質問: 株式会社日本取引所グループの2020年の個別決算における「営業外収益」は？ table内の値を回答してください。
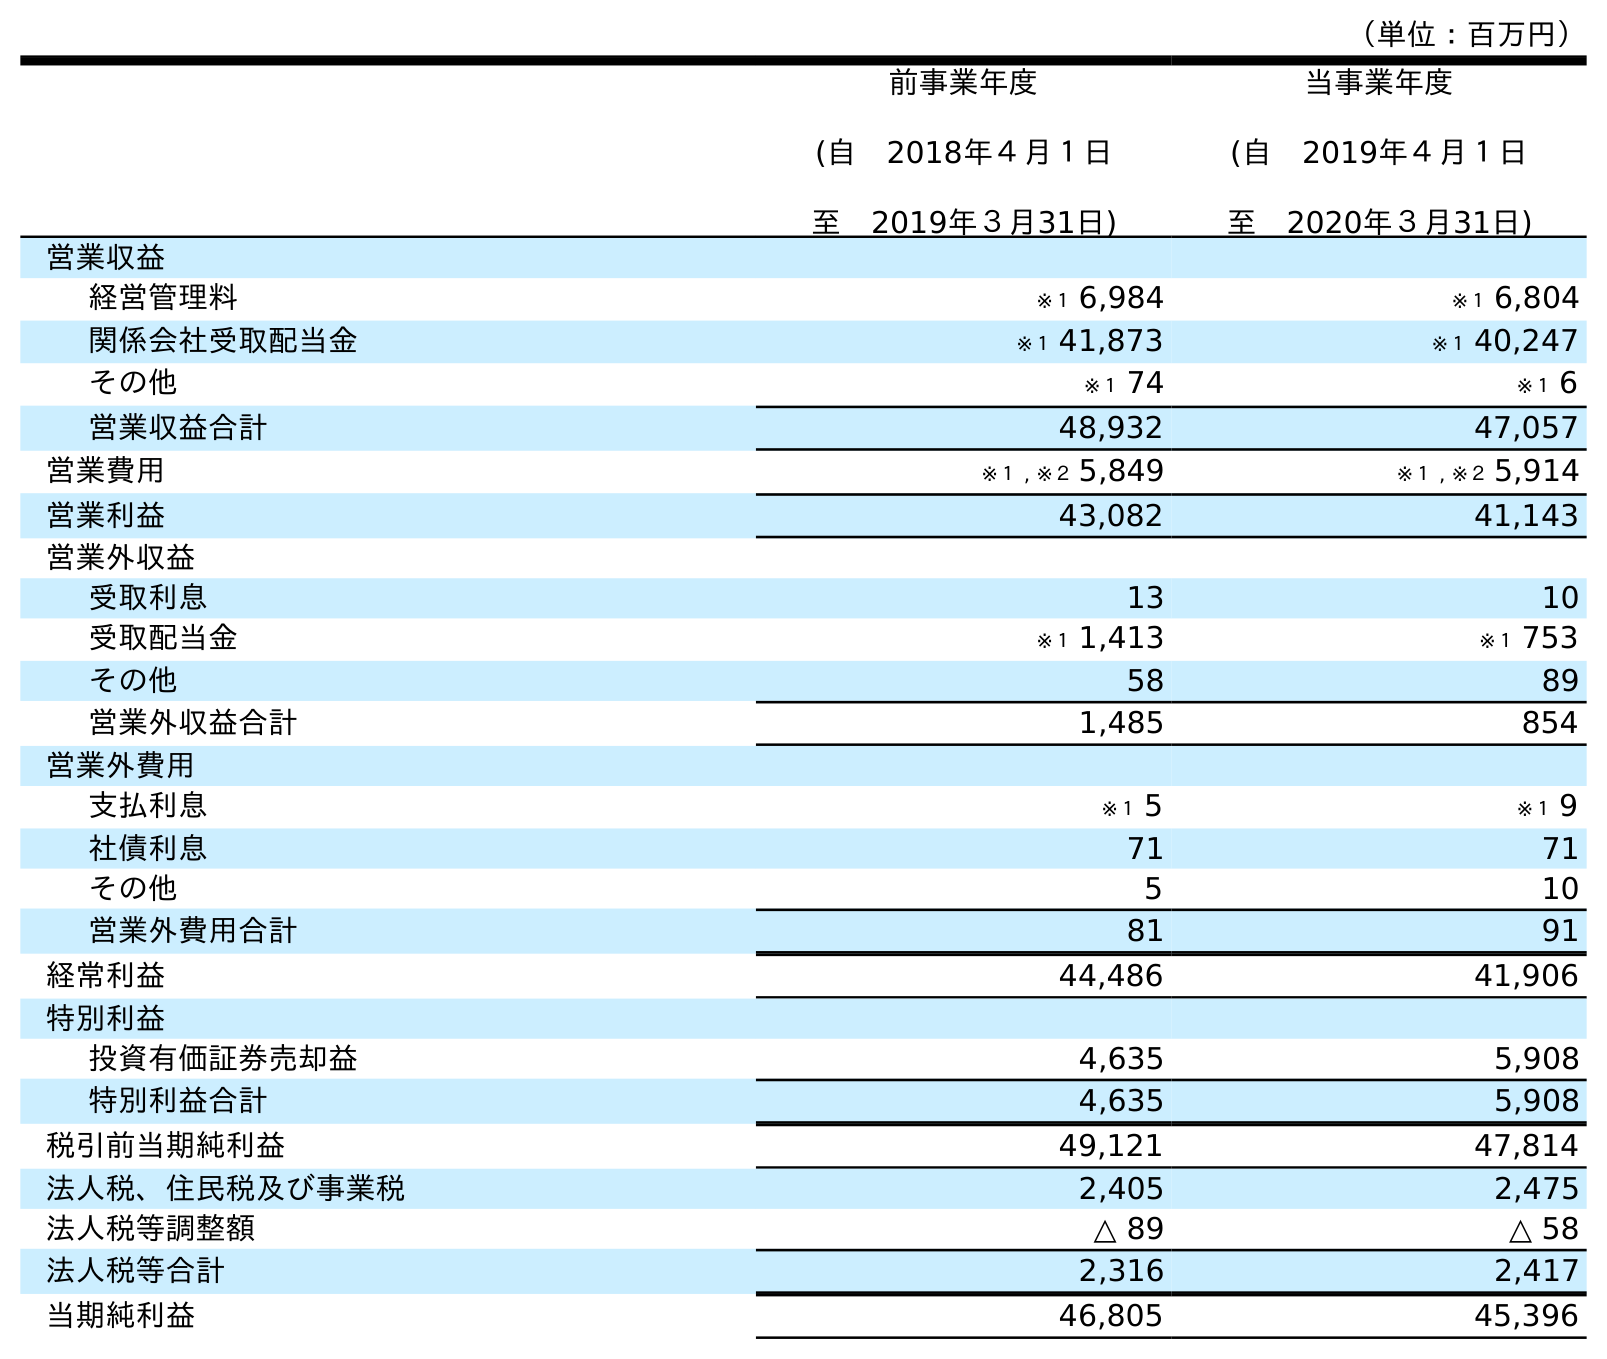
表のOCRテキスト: （単位：百万円） 前事業年度 (自 2018年４月１日 至 2019年３月31日) 当事業年度 (自 2019年４月１日 至 2020年３月31日) 営業収益 経営管理料 ※１ 6,984 ※１ 6,804 関係会社受取配当金 ※１ 41,873 ※１ 40,247 その他 ※１ 74 ※１ 6 営業収益合計 48,932 47,057 営業費用 ※１ , ※２ 5,849 ※１ , ※２ 5,914 営業利益 43,082 41,143 営業外収益 受取利息 13 10 受取配当金 ※１ 1,413 ※１ 753 その他 58 89 営業外収益合計 1,485 854 営業外費用 支払利息 ※１ 5 ※１ 9 社債利息 71 71 その他 5 10 営業外費用合計 81 91 経常利益 44,486 41,906 特別利益 投資有価証券売却益 4,635 5,908 特別利益合計 4,635 5,908 税引前当期純利益 49,121 47,814 法人税、住民税及び事業税 2,405 2,475 法人税等調整額 △ 89 △ 58 法人税等合計 2,316 2,417 当期純利益 46,805 45,396
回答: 854